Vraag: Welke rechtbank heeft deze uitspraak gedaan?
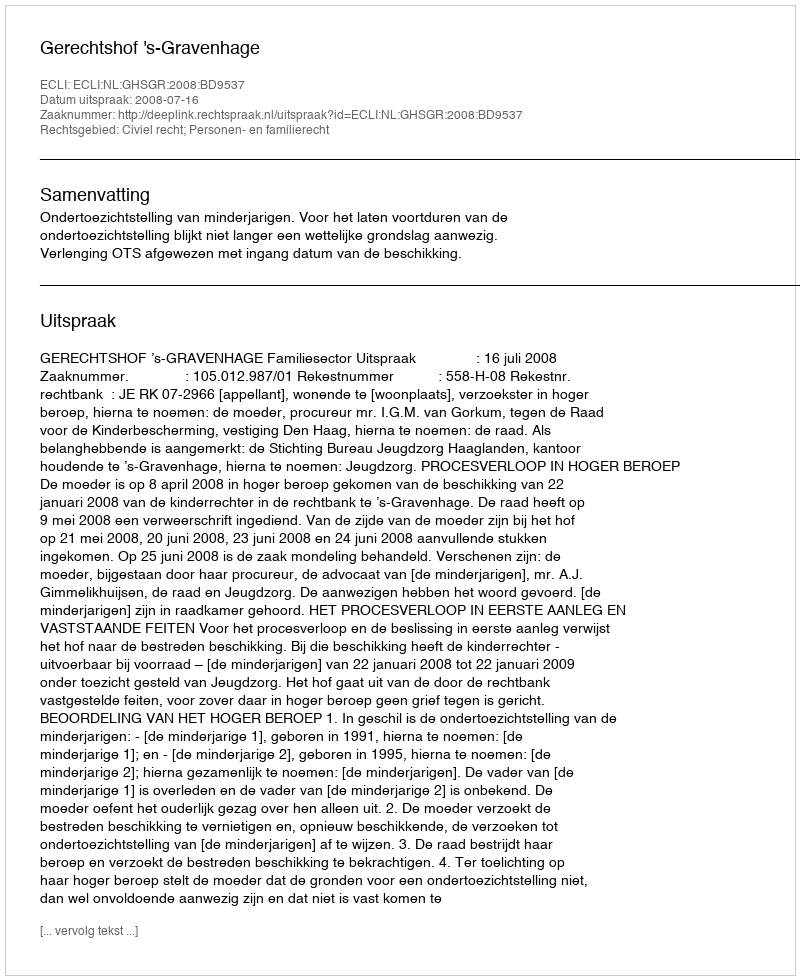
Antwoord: Gerechtshof 's-Gravenhage